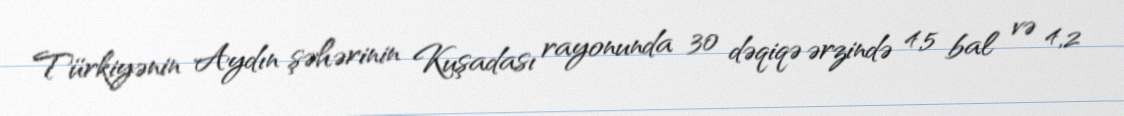
Türkiyənin Aydın şəhərinin Kuşadası rayonunda 30 dəqiqə ərzində 4,5 bal və 4,2